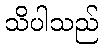
သိပါသည်